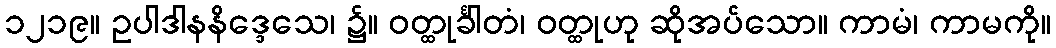
၁၂၁၉။ ဥပါဒါနနိဒ္ဒေသေ၊ ၌။ ဝတ္ထုင်္ခါတံ၊ ဝတ္ထုဟု ဆိုအပ်သော။ ကာမံ၊ ကာမကို။